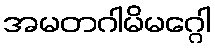
အမတဂါမိမဂ္ဂေါ